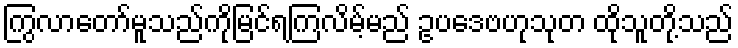
ကြွလာတော်မူသည်ကိုမြင်ရကြလိမ့်မည် ဥပဒေဗဟုသုတ ထိုသူတို့သည်